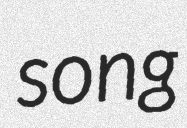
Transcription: song